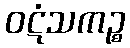
ဝဋံသကဉ္စ